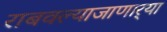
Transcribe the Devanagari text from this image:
राबवल्याजाणार्‍या